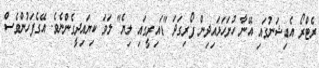
ރެޓްރޯ އެޑިޝަނުގައި އޭނާ ހުށަހަޅައިދިން ފޯރިގަދަ "ޑައިރީގައި ލިޔެ" ލަވަ ކިޔައިދީގެންނެވެ. އޭގެފަހުންވެސް